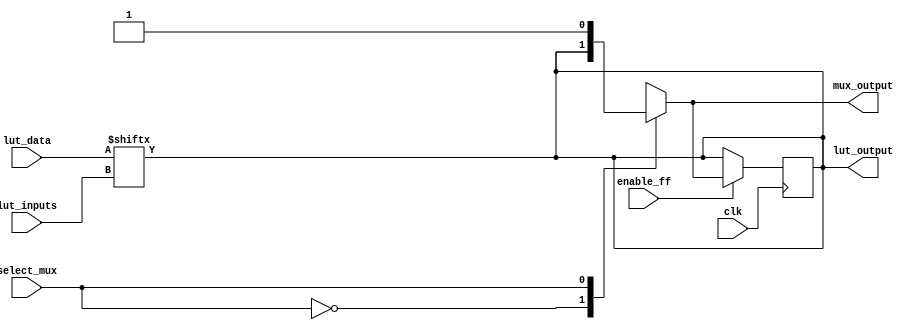
module CLB (
    input wire [3:0] lut_inputs,        // 4 inputs for the LUT
    input wire [15:0] lut_data,         // 16 possible combinations for the LUT
    input wire select_mux,              // Selector for the multiplexer
    input wire clk,                      // Clock for flip-flop
    input wire enable_ff,                // Enable for flip-flop
    output reg lut_output,               // Output of the LUT
    output reg mux_output                // Output of the multiplexer
);

    // LUT implementation
    always @(*) begin
        lut_output = lut_data[lut_inputs]; // LUT output based on input combination
    end

    // Multiplexer implementation
    always @(*) begin
        case (select_mux)
            1'b0: mux_output = lut_output; // Select LUT output
            1'b1: mux_output = 1'b1;        // Select constant high (for example)
            default: mux_output = 1'b0;     // Default to low
        endcase
    end

    // Optional Flip-Flop implementation
    always @(posedge clk) begin
        if (enable_ff) begin
            // Store the value of the multiplexer output
            lut_output <= mux_output;
        end
    end

endmodule